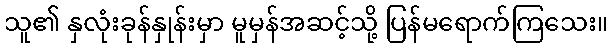
သူ၏ နှလုံးခုန်နှုန်းမှာ မူမှန်အဆင့်သို့ ပြန်မရောက်ကြသေး။